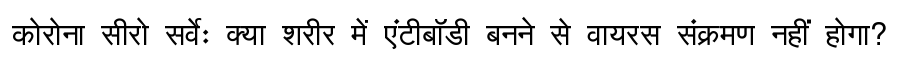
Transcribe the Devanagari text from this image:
कोरोना सीरो सर्वेः क्या शरीर में एंटीबॉडी बनने से वायरस संक्रमण नहीं होगा?